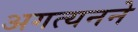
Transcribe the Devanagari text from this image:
अगत्यनने